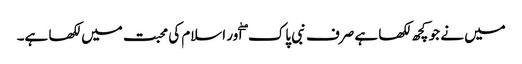
میں نے جو کچھ لکھا ہے صرف نبی پاک ۖ اور اسلام کی محبت میں لکھا ہے۔